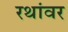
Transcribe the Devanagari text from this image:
रथांवर